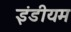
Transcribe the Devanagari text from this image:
इंडीयम